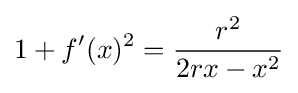
1+f'(x)^{2}={\frac {r^{2}}{2rx-x^{2}}}